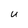
Character: U